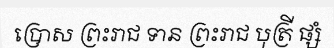
ប្រោស ព្រះរាជ ទាន ព្រះរាជ បុត្រី ផ្សំ